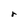
Character: r